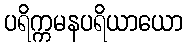
ပရိက္ကမနပရိယာယော